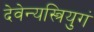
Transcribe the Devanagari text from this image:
देवेन्यस्त्रियुगं